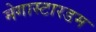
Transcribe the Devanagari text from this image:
मेगास्टारडम